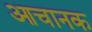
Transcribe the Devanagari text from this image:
आचानक